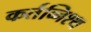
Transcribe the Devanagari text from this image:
कर्तव्निश्थ